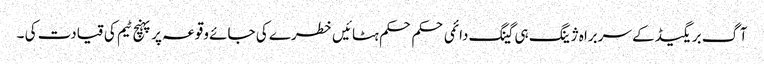
آگ بریگیڈ کے سربراہ ژینگ ہی گینگ دائمی حکم حکم ہٹائیں خطرے کی جائے وقوعہ پر پہنچ ٹیم کی قیادت کی ۔